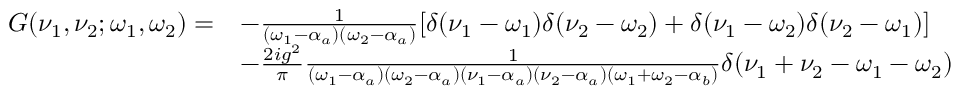
\begin{array} { r l } { G ( \nu _ { 1 } , \nu _ { 2 } ; \omega _ { 1 } , \omega _ { 2 } ) = } & { - \frac { 1 } { ( \omega _ { 1 } - \alpha _ { a } ) ( \omega _ { 2 } - \alpha _ { a } ) } [ \delta ( \nu _ { 1 } - \omega _ { 1 } ) \delta ( \nu _ { 2 } - \omega _ { 2 } ) + \delta ( \nu _ { 1 } - \omega _ { 2 } ) \delta ( \nu _ { 2 } - \omega _ { 1 } ) ] } \\ & { - \frac { 2 i g ^ { 2 } } { \pi } \frac { 1 } { ( \omega _ { 1 } - \alpha _ { a } ) ( \omega _ { 2 } - \alpha _ { a } ) ( \nu _ { 1 } - \alpha _ { a } ) ( \nu _ { 2 } - \alpha _ { a } ) ( \omega _ { 1 } + \omega _ { 2 } - \alpha _ { b } ) } \delta ( \nu _ { 1 } + \nu _ { 2 } - \omega _ { 1 } - \omega _ { 2 } ) } \end{array}